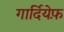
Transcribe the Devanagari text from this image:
गार्दियेफ़